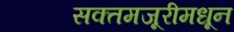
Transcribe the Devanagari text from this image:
सक्तमजूरीमधून